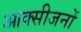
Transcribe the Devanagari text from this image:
आक्सीजनों